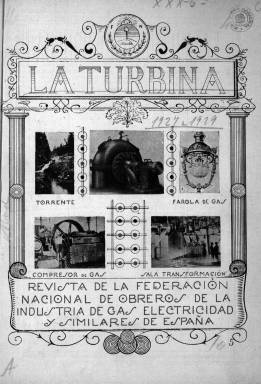
Título: La Turbina (Madrid)
Colección: Industria || Prensa sindical
Ámbito geográfico: Madrid
Lugar de publicación: Madrid
Fechas: 01/07/1927-31/07/1933